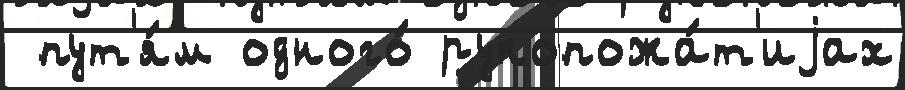
 пут'я́м одного́ рукопожа́т'иjах